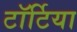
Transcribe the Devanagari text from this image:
टॉर्टिया